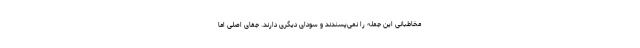
مخاطبانی این جمله را نمی‌پسندند و سودای دیگری دارند. جفای اصلی اما